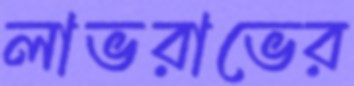
লাভরাভের